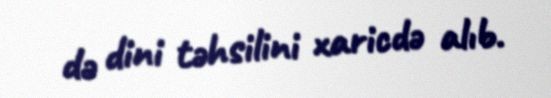
də dini təhsilini xaricdə alıb.